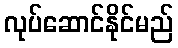
လုပ်ဆောင်နိုင်မည်